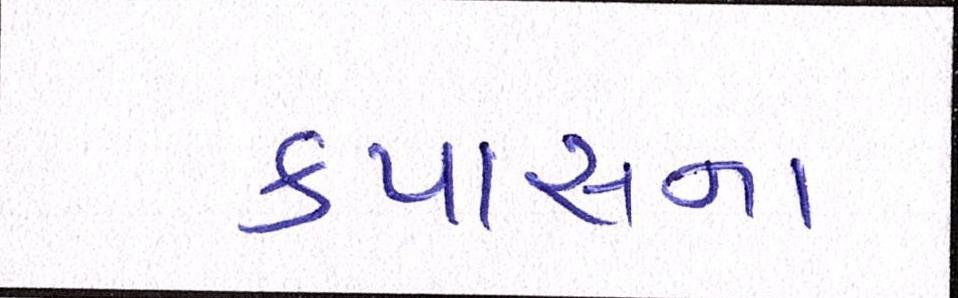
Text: કપાસના